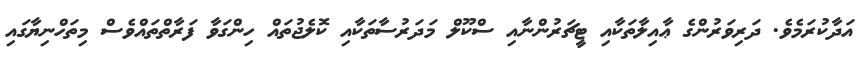
އަދާކުރަމެވެ. ދަރިވަރުންގެ ޢާއިލާތަކާއި ޓީޗަރުންނާއި ސްކޫލް މަދަރުސާތަކާއި ކޮލެޖުތައް ހިންގަވާ ފަރާތްތައްވެސް މިތަހްނިޔާގައި